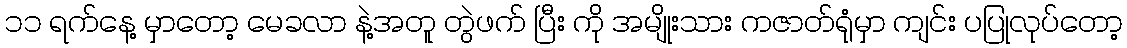
၁၁ ရက်နေ့ မှာတော့ မေခလာ နဲ့အတူ တွဲဖက် ပြီး ကို အမျိုးသား ကဇာတ်ရုံမှာ ကျင်း ပပြုလုပ်တော့